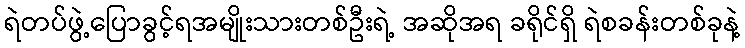
ရဲတပ်ဖွဲ့ပြောခွင့်ရအမျိုးသားတစ်ဦးရဲ့ အဆိုအရ ခရိုင်ရှိ ရဲစခန်းတစ်ခုနဲ့